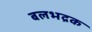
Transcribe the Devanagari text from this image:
बलभद्रक